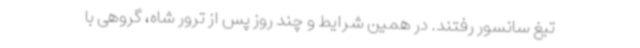
تیغ سانسور رفتند. در همین شرایط و چند روز پس از ترور شاه، گروهی با